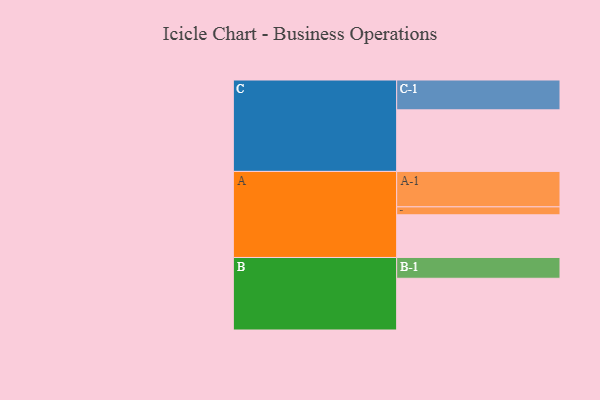
{"axis": {"x": "Segment", "y": "Value"}, "legend": ["", "A", "B", "C"], "data": [{"x": "A", "y": 312, "type": ""}, {"x": "B", "y": 378, "type": ""}, {"x": "C", "y": 450, "type": ""}, {"x": "A-1", "y": 259, "type": "A"}, {"x": "A-2", "y": 58, "type": "A"}, {"x": "B-1", "y": 152, "type": "B"}, {"x": "C-1", "y": 218, "type": "C"}]}